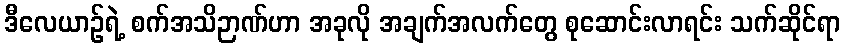
ဒီလေယာဉ်ရဲ့ စက်အသိဉာဏ်ဟာ အခုလို အချက်အလက်တွေ စုဆောင်းလာရင်း သက်ဆိုင်ရာ